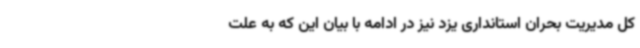
کل مدیریت بحران استانداری یزد نیز در ادامه با بیان این‌ که به علت